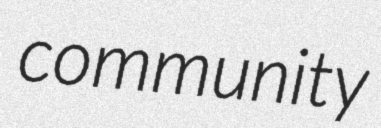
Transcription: community